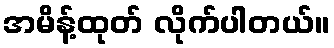
အမိန့်ထုတ် လိုက်ပါတယ်။